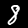
Label: 8